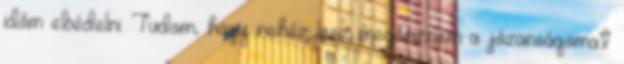
időm ebédelni. Tudom, hogy nehéz lesz megőriznem a józanságomat